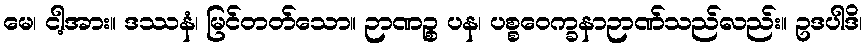
မေ၊ ငါ့အား။ ဒဿနံ၊ မြင်တတ်သော။ ဉာဏဉ္စ ပန၊ ပစ္စဝေက္ခနာဉာဏ်သည်လည်း။ ဥဒပါဒိ၊